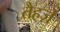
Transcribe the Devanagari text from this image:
तैहज़े